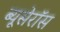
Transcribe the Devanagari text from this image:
ब्यूसेरॉस